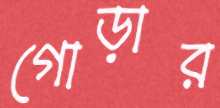
গোড়ার